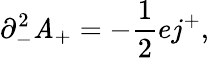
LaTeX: {\partial}_{-}^{2}\mathit{A}_{+}=-\frac{{1}}{{2}}ej^{+},